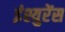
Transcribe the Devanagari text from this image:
इंश्युरेंस